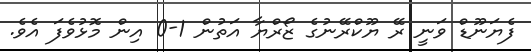
ފެޔަނޫޑް ވަނީ ރޭ ޔޫކްރޭނުގެ ޒޯރްޔާ އަތުން 1-0 އިން މޮޅުވެފަ އެވެ.